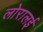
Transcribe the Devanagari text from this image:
लोरालई